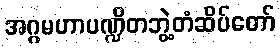
အဂ္ဂမဟာပဏ္ဍိတဘွဲ့တံဆိပ်တော်